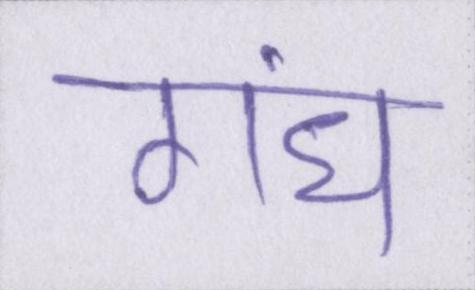
गंध